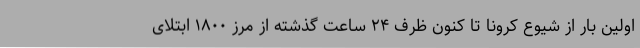
اولین بار از شیوع کرونا تا کنون ظرف ۲۴ ساعت گذشته از مرز ۱۸۰۰ ابتلای